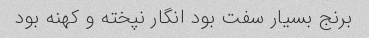
برنج بسیار سفت بود انگار نپخته و کهنه بود